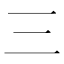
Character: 三